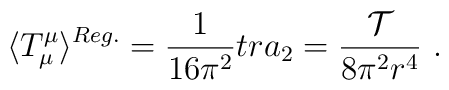
\langle T^\mu_\mu\rangle ^{Reg.}=\frac1{16\pi^2}tr a_2=\frac {\cal{T}}{8\pi^2r^4}\ .